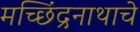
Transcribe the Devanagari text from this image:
मच्छिंद्रनाथाचे